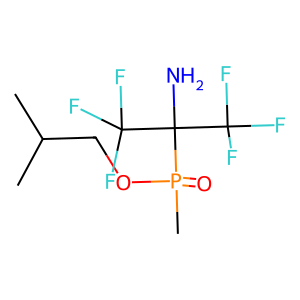
SMILES: CC(C)COP(C)(=O)C(N)(C(F)(F)F)C(F)(F)F
Inhibits HIV replication: No